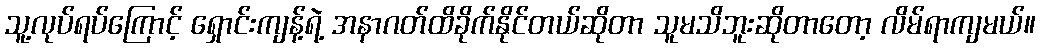
သူ့လုပ်ရပ်ကြောင့် ရှောင်းကျန့်ရဲ့ အနာဂတ်ထိခိုက်နိုင်တယ်ဆိုတာ သူမသိဘူးဆိုတာတော့ လိမ်ရာကျမယ်။